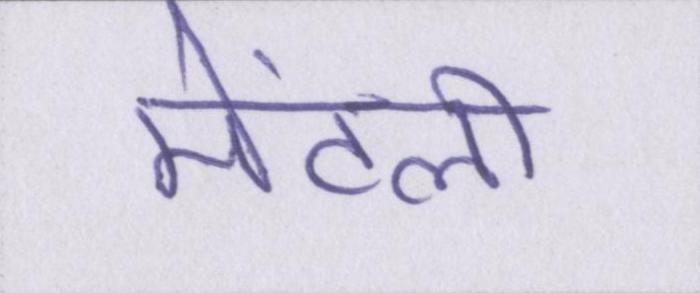
मेंटली